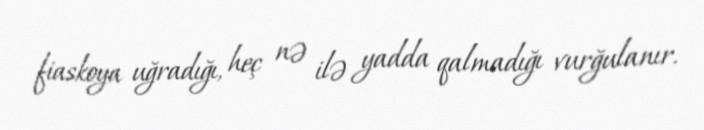
fiaskoya uğradığı, heç nə ilə yadda qalmadığı vurğulanır.